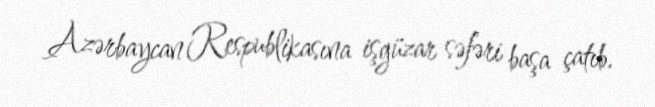
Azərbaycan Respublikasına işgüzar səfəri başa çatıb.